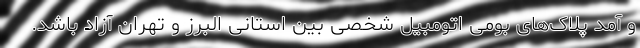
و آمد پلاک‌های بومی اتومبیل شخصی بین استانی البرز و تهران آزاد باشد.